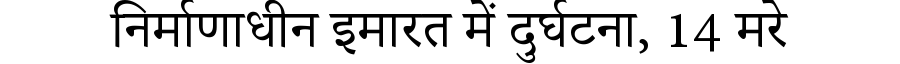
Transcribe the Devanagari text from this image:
निर्माणाधीन इमारत में दुर्घटना, 14 मरे